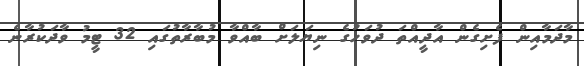
މާދަމާއިން ފެށިގެން އާދީއްތަ ދުވަހުގެ ނިޔަލަށް ބާއްވާ މުބާރާތުގައި 32 ޓީމު ވާދަކުރާނެ